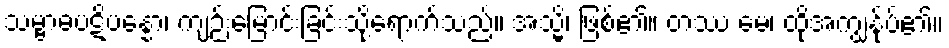
သမ္ဗာဓပဋိပန္နော၊ ကျဉ်းမြောင်းခြင်းသို့ရောက်သည်။ အသ္မိ၊ ဖြစ်၏။ တဿ မေ၊ ထိုအကျွန်ုပ်၏။